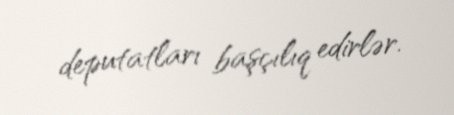
deputatları başçılıq edirlər.